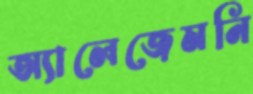
অ্যালেজেমনি